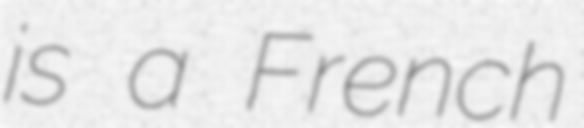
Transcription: is a French